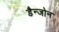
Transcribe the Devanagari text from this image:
डैन्जोन